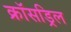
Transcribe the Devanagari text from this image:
क्रॉसड्रिल